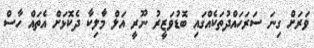
ވަރަށް ގިނަ ސަރަހައްދުތަކެއްގައި ބޮޑުވަޒީރު ނޫރީ އަލް މާލިކާ ދެކޮޅަށް އެތައް ހާސް